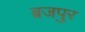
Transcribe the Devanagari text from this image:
ब्रजपुर